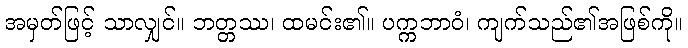
အမှတ်ဖြင့် သာလျှင်။ ဘတ္တဿ၊ ထမင်း၏။ ပက္ကဘာဝံ၊ ကျက်သည်၏အဖြစ်ကို။